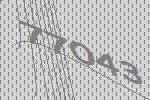
77043